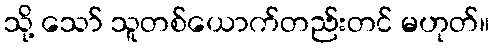
သို့ သော် သူတစ်ယောက်တည်းတင် မဟုတ်။